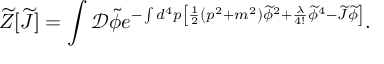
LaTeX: { \widetilde { Z } } [ { \widetilde { J } } ] = \int { \mathcal { D } } { \widetilde { \phi } } e ^ { - \int d ^ { 4 } p \left[ { \frac { 1 } { 2 } } \left( p ^ { 2 } + m ^ { 2 } \right) { \widetilde { \phi } } ^ { 2 } + { \frac { \lambda } { 4 ! } } { \widetilde { \phi } } ^ { 4 } - { \widetilde { J } } { \widetilde { \phi } } \right] } .